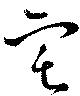
宅